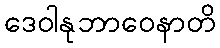
ဒေဝါနုဘာဝေနာတိ